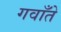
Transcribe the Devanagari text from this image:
गवाँते